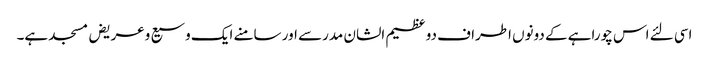
اسی لئے اس چوراہے کے دونوں اطراف دو عظیم الشان مدرسے اور سامنے ایک وسیع وعریض مسجد ہے۔